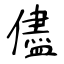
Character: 儘